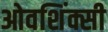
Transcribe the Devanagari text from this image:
ओवशिंक्सी